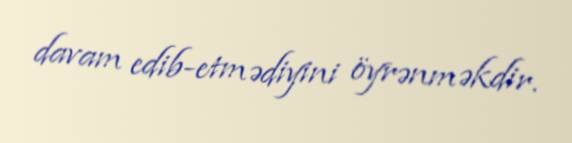
davam edib-etmədiyini öyrənməkdir.